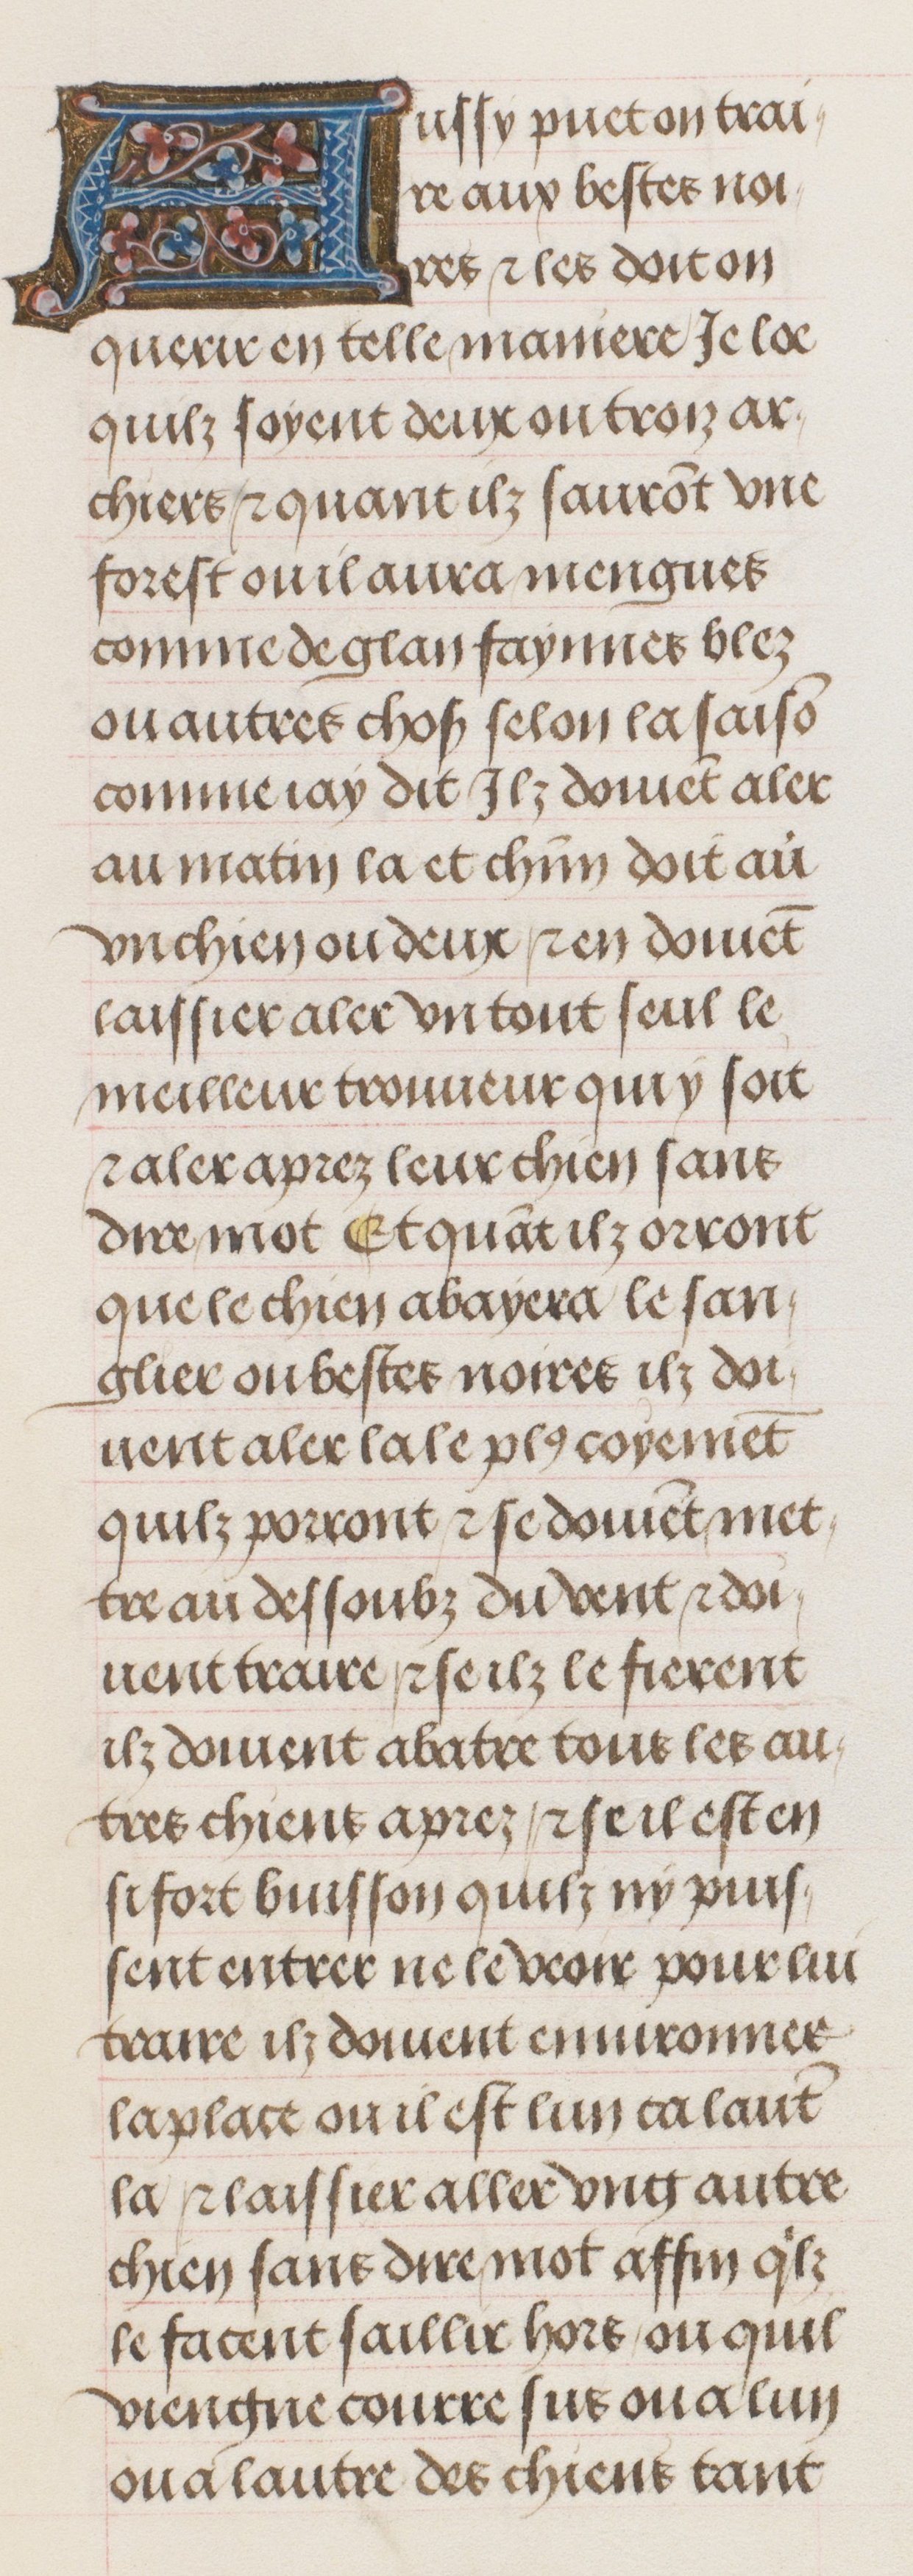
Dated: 1470–1500